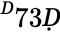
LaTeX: ^Ḋ73Ḍ